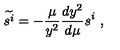
\widetilde { s ^ { i } } = - { \frac { \mu } { y ^ { 2 } } } { \frac { d y ^ { 2 } } { d \mu } } s ^ { i } \ ,